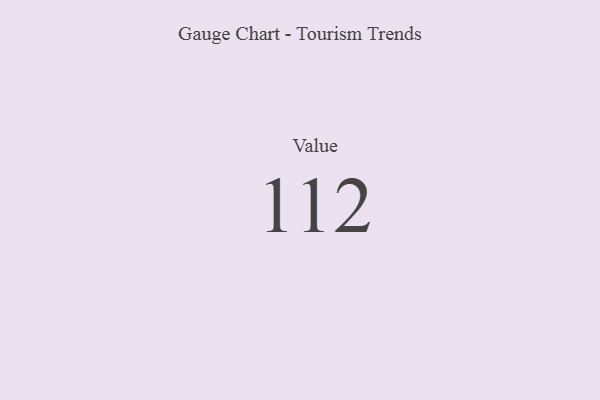
{"axis": {"x": "Metric", "y": "Value"}, "legend": [""], "data": [{"x": "Value", "y": 112, "type": ""}]}